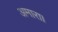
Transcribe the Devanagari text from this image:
अमारा।